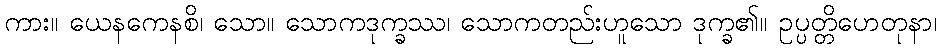
ကား။ ယေနကေနစိ၊ သော။ သောကဒုက္ခဿ၊ သောကတည်းဟူသော ဒုက္ခ၏။ ဥပ္ပတ္တိဟေတုနာ၊